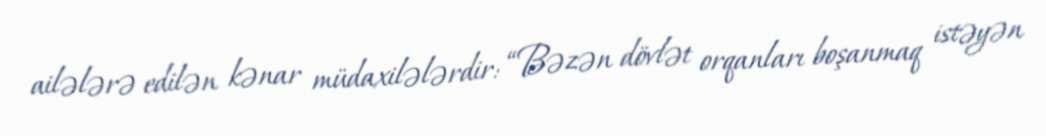
ailələrə edilən kənar müdaxilələrdir: “Bəzən dövlət orqanları boşanmaq istəyən